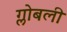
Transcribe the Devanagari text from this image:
ग्लोबली